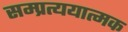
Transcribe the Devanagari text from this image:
सम्प्रत्ययात्मक